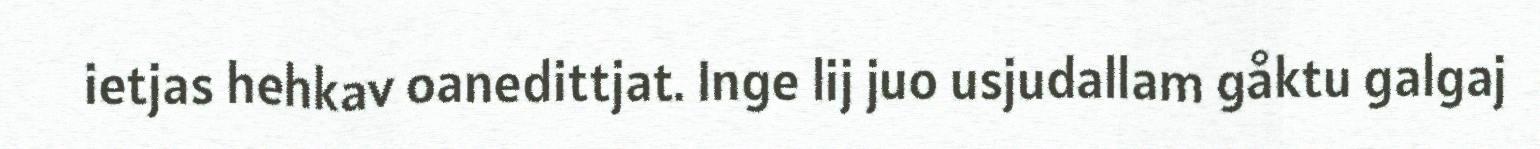
ietjas hehkav oanedittjat. Inge lij juo usjudallam gåktu galgaj